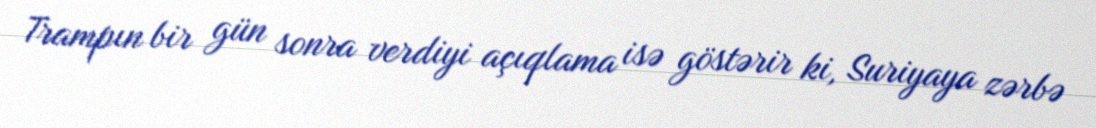
Trampın bir gün sonra verdiyi açıqlama isə göstərir ki, Suriyaya zərbə